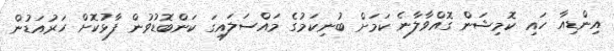
އިންޑިއާ ހައި ކޮމިޝަން ގޮއްވާލާނެ ކަމަށް ބުނިކަމުގެ މައްސަލައިގަ ކަންބޮޑުވުން ފާޅުކޮށް ހަރުއަޑުން